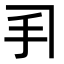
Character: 𫼓